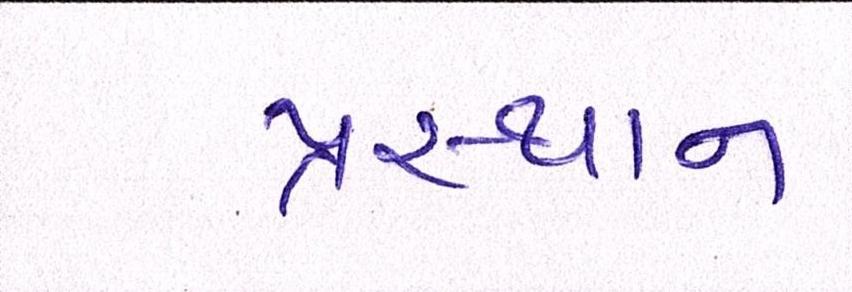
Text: પ્રસ્થાન